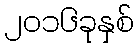
၂၀၁၆ခုနှစ်